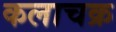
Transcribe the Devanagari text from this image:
कलाचक्र